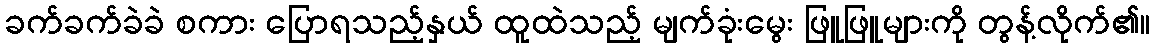
ခက်ခက်ခဲခဲ စကား ပြောရသည့်နှယ် ထူထဲသည့် မျက်ခုံးမွေး ဖြူဖြူများကို တွန့်လိုက်၏။